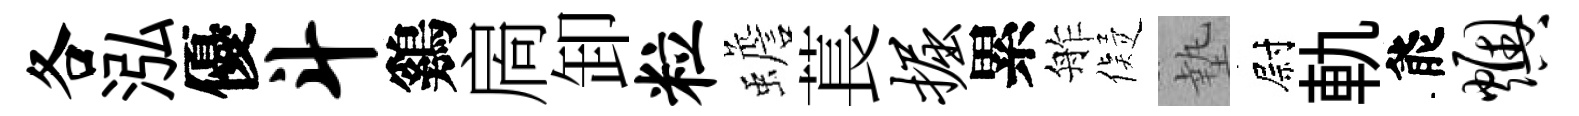
各泓優斗鷄扄卸粒蟾萇掘累舴儗墊尉軌能燠